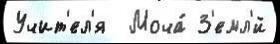
Учит'ел'я  Моча́ З'емл'́й